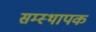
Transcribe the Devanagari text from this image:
सम्स्थापक